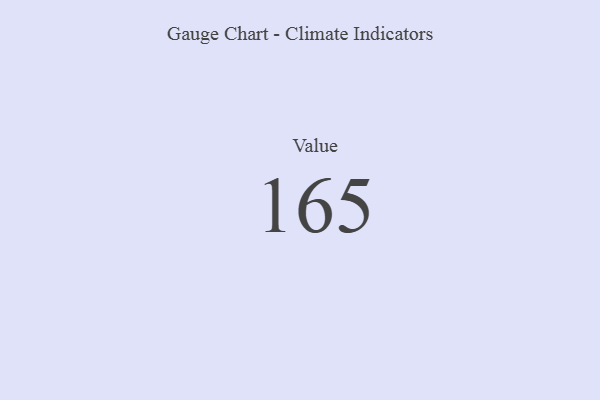
{"axis": {"x": "Metric", "y": "Value"}, "legend": [""], "data": [{"x": "Value", "y": 165, "type": ""}]}